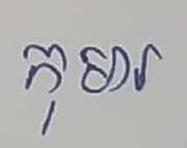
កុមារ